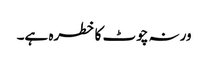
ورنہ چوٹ کا خطرہ ہے۔